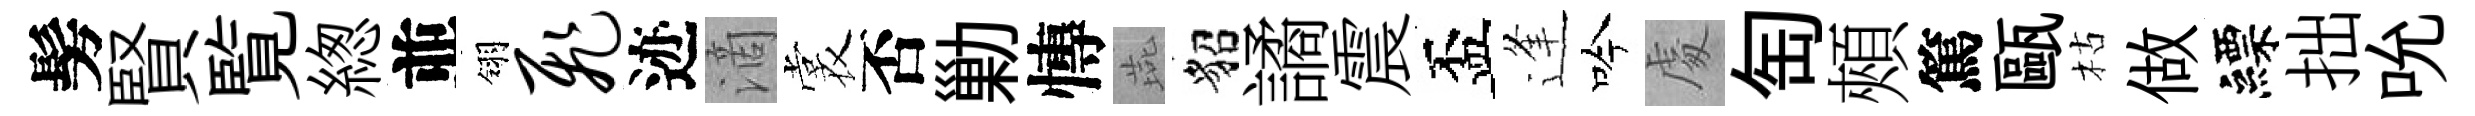
髣賢覧緫並翎飞迹滴裳否勦慱燕貂譎震盃逢吟䖏匋頰篤甌枯做縹拙吮